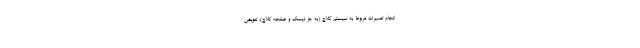
انجام تعمیرات مربوط به سیستم کلاچ (به جز دیسک و صفحه کلاچ)، تعویض